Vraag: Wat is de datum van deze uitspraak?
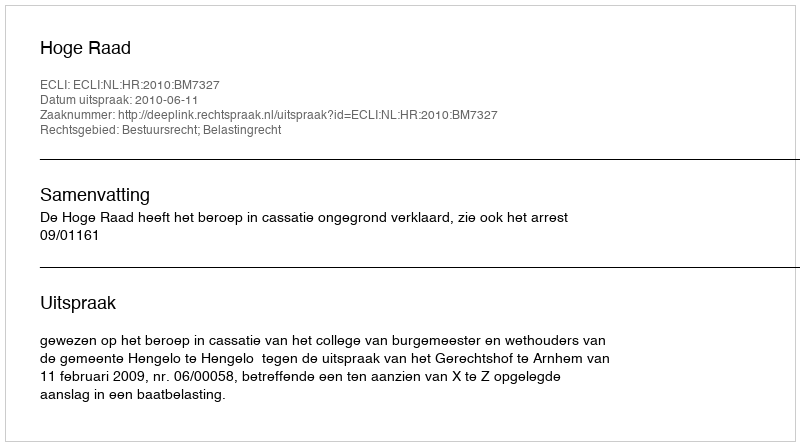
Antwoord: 2010-06-11